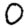
Digit: 0